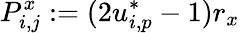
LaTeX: P_{i,j}^{x}:=(2u_{i,p}^{*}-1)r_{x}